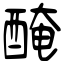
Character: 醃